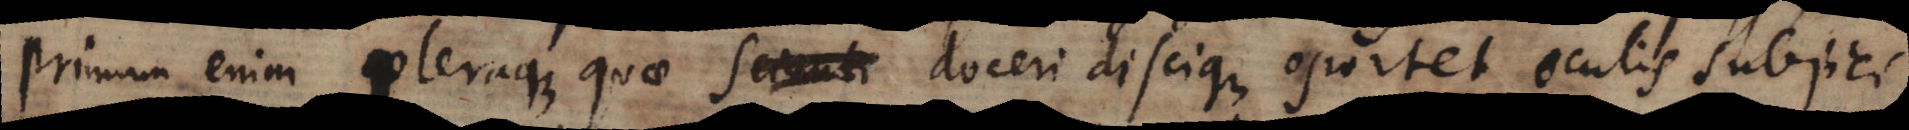
Primum enim pleraque quae scienti doceri discique oportet oculis subjici